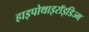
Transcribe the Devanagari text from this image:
हाइपोथाइरॉइडिज्म